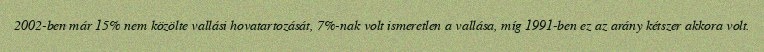
2002-ben már 15% nem közölte vallási hovatartozását, 7%-nak volt ismeretlen a vallása, míg 1991-ben ez az arány kétszer akkora volt.